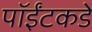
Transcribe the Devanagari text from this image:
पॉईंटकडे